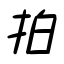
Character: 拍